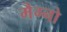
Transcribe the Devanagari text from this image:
मैग्नो